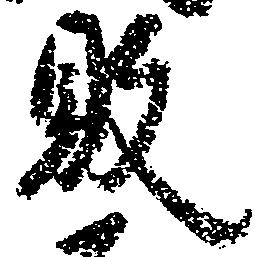
敗